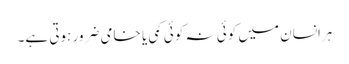
ہرانسان میں کوئی نہ کوئی کمی یا خامی ضرور ہوتی ہے۔